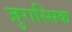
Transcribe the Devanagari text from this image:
जुरास्सिक